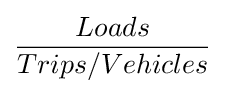
{\frac {Loads}{Trips/Vehicles}}